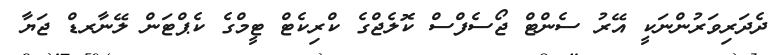
ދެދަރިވަރުންނަކީ އޭރު ސެންޓް ޖޯސެފްސް ކޮލެޖްގެ ކްރިކެޓް ޓީމްގެ ކެޕްޓަން ލޭނާރޑް ޖަޔާ